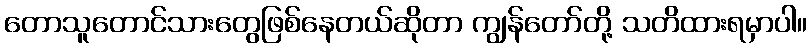
တောသူတောင်သားတွေဖြစ်နေတယ်ဆိုတာ ကျွန်တော်တို့ သတိထားရမှာပါ။